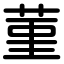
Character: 菫